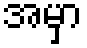
အမှာ